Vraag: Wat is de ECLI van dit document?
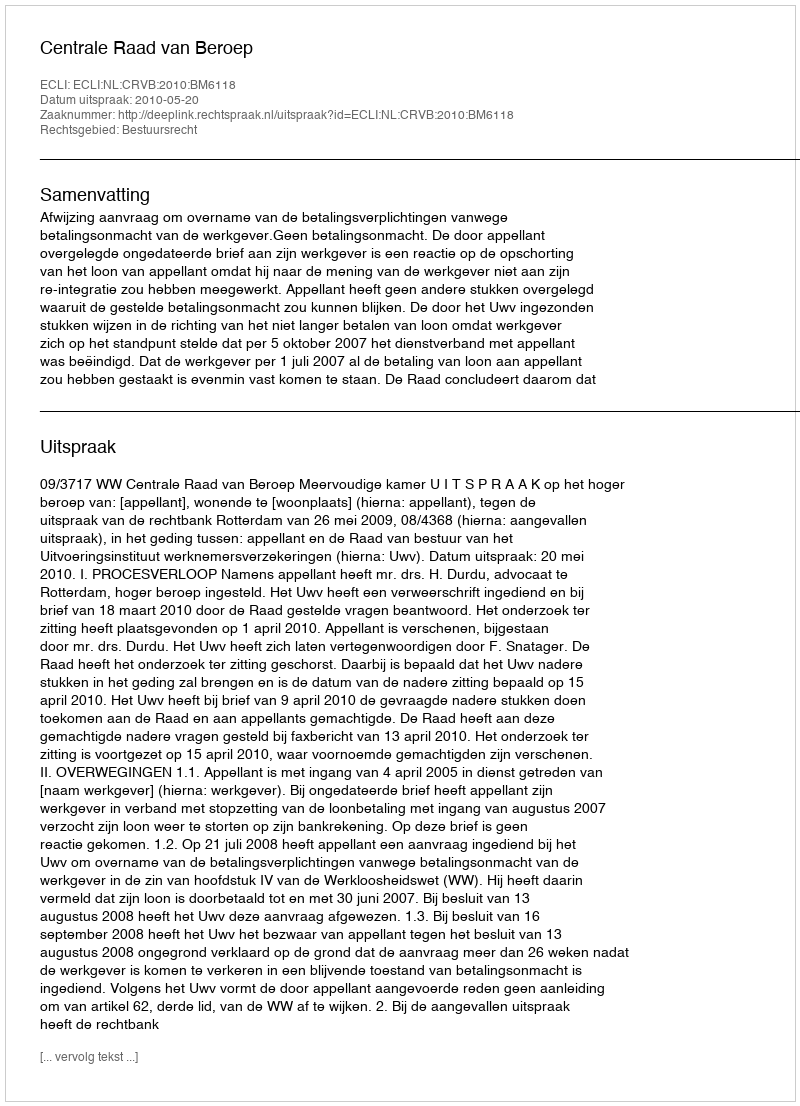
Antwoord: ECLI:NL:CRVB:2010:BM6118